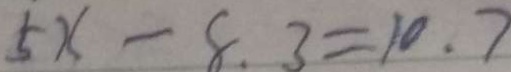
5 x - 8 . 3 = 1 0 . 7